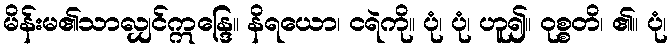
မိန်းမ၏သာလျှင်ဣန္ဒြေ။ နိရယော၊ ငရဲကို။ ပုံ၊ ပုံ၊ ဟူ၍။ ဝုစ္စတိ၊ ၏။ ပုံ၊